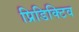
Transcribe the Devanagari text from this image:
प्रिडिक्टिव